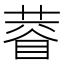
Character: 𱾙